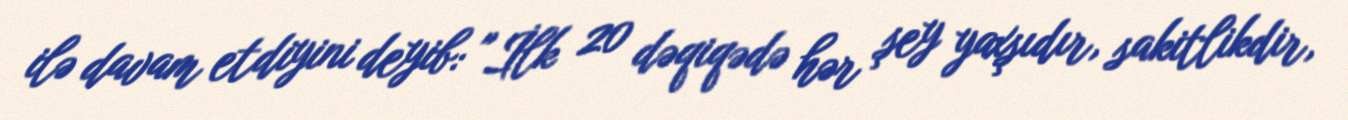
ilə davam etdiyini deyib: "İlk 20 dəqiqədə hər şey yaxşıdır, sakitlikdir,